Problem: 9 × 3 = ?
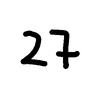
Handwritten answer: 27